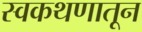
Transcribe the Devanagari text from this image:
स्वकथणातून